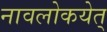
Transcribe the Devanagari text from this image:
नावलोकयेत्